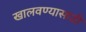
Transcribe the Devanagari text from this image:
खालवण्यासाठी